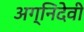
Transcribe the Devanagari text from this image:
अग्निदेवी